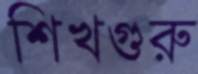
শিখগুরু